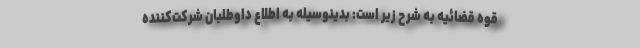
قوه قضائیه به شرح زیر است: بدینوسیله به اطلاع داوطلبان شرکت‌کننده